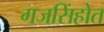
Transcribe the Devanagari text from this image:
गजसिंहोत